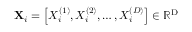
\mathbf { X } _ { i } = \left[ X _ { i } ^ { ( 1 ) } , X _ { i } ^ { ( 2 ) } , \ldots , X _ { i } ^ { ( D ) } \right] \in \mathbb { R } ^ { \mathrm { D } }